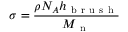
\sigma = \frac { \rho N _ { A } h _ { \mathrm { ~ b ~ r ~ u ~ s ~ h ~ } } } { M _ { \mathrm { ~ n ~ } } }